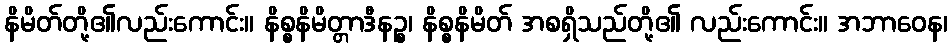
နိမိတ်တို့၏လည်းကောင်း။ နိစ္စနိမိတ္တာဒီနဉ္စ၊ နိစ္စနိမိတ် အစရှိသည်တို့၏ လည်းကောင်း။ အဘာဝေန၊